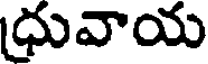
ధువాయ